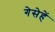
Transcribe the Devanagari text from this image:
गेसेहें